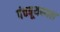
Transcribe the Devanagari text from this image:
पंचबूथस्थल